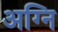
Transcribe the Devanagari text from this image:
अग्‍नि